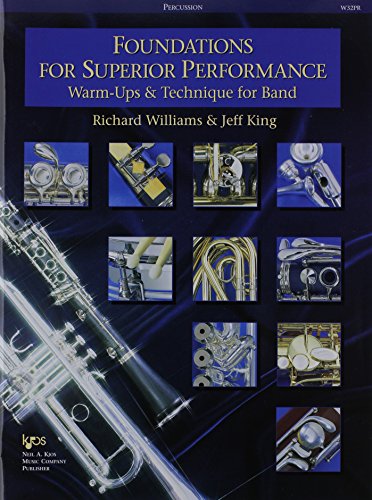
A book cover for W32PR - Foundations for Superior Performance: Warm-ups and Technique for Band: Percussion; Richard Williams; Teen & Young Adult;